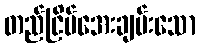
တည်ငြိမ်အေးချမ်းသော